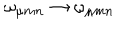
\omega _ { \mu m n } \rightarrow \omega _ { \mu m n }